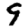
Digit: 9